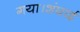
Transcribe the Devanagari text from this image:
गया।शंघाई